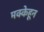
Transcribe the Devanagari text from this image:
मक्केहून